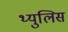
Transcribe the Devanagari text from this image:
थ्युलिस